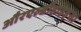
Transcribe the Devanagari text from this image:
औरएल्डीहाइड्स।